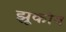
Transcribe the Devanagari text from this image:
झूकोव